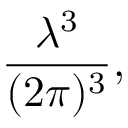
{ \frac { \lambda ^ { 3 } } { ( 2 \pi ) ^ { 3 } } } ,